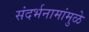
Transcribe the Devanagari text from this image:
संदर्भनामांमुळे